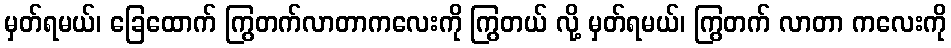
မှတ်ရမယ်၊ ခြေထောက် ကြွတက်လာတာကလေးကို ကြွတယ် လို့ မှတ်ရမယ်၊ ကြွတက် လာတာ ကလေးကို